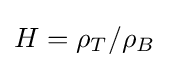
H=\rho _{T}/\rho _{B}